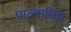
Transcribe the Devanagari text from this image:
पाव्लाविच